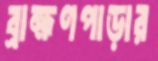
ব্রাহ্মণপাড়ার